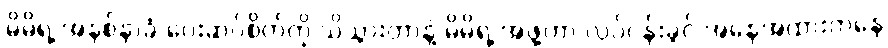
မိမိရဲ့ အနစ်နာခံ ပေးဆပ်စိတ်ကို သိသွားတာနဲ့ မိမိရဲ့ အဖွဲ့ဟာ လုပ်ငန်းခွင် အနေအထားကနေ